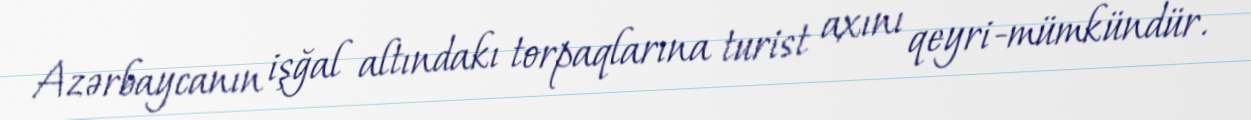
Azərbaycanın işğal altındakı torpaqlarına turist axını qeyri-mümkündür.